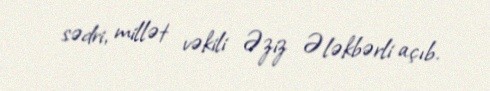
sədri, millət vəkili Əziz Ələkbərli açıb.